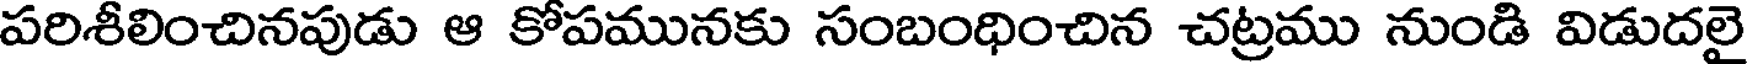
పరిశీలించినపుడు ఆ కోపమునకు సంబంధించిన చట్రము నుండి విడుదలై